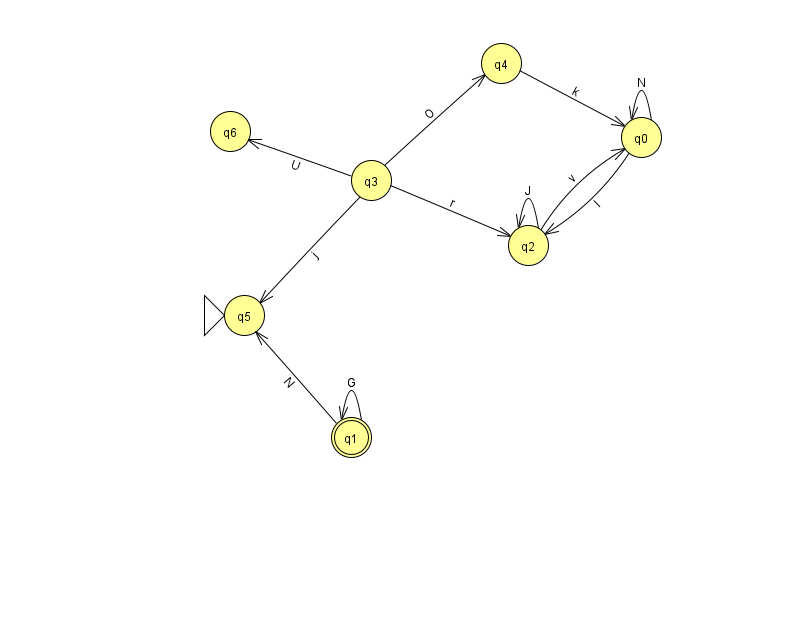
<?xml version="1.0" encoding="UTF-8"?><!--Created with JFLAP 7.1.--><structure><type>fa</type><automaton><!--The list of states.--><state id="0" name="q0"><x>641.0</x><y>124.0</y></state><state id="1" name="q1"><x>351.0</x><y>424.0</y><final/></state><state id="2" name="q2"><x>528.0</x><y>232.0</y></state><state id="3" name="q3"><x>371.0</x><y>167.0</y></state><state id="4" name="q4"><x>501.0</x><y>50.0</y></state><state id="5" name="q5"><x>244.0</x><y>302.0</y><initial/></state><state id="6" name="q6"><x>230.0</x><y>118.0</y></state><!--The list of transitions.--><transition><from>0</from><to>2</to><read>I</read></transition><transition><from>1</from><to>1</to><read>G</read></transition><transition><from>1</from><to>5</to><read>N</read></transition><transition><from>2</from><to>0</to><read>v</read></transition><transition><from>3</from><to>5</to><read>j</read></transition><transition><from>3</from><to>6</to><read>U</read></transition><transition><from>2</from><to>2</to><read>J</read></transition><transition><from>3</from><to>4</to><read>O</read></transition><transition><from>4</from><to>0</to><read>k</read></transition><transition><from>0</from><to>0</to><read>N</read></transition><transition><from>3</from><to>2</to><read>r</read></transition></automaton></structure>